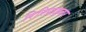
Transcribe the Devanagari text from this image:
रिरिप्राइजर